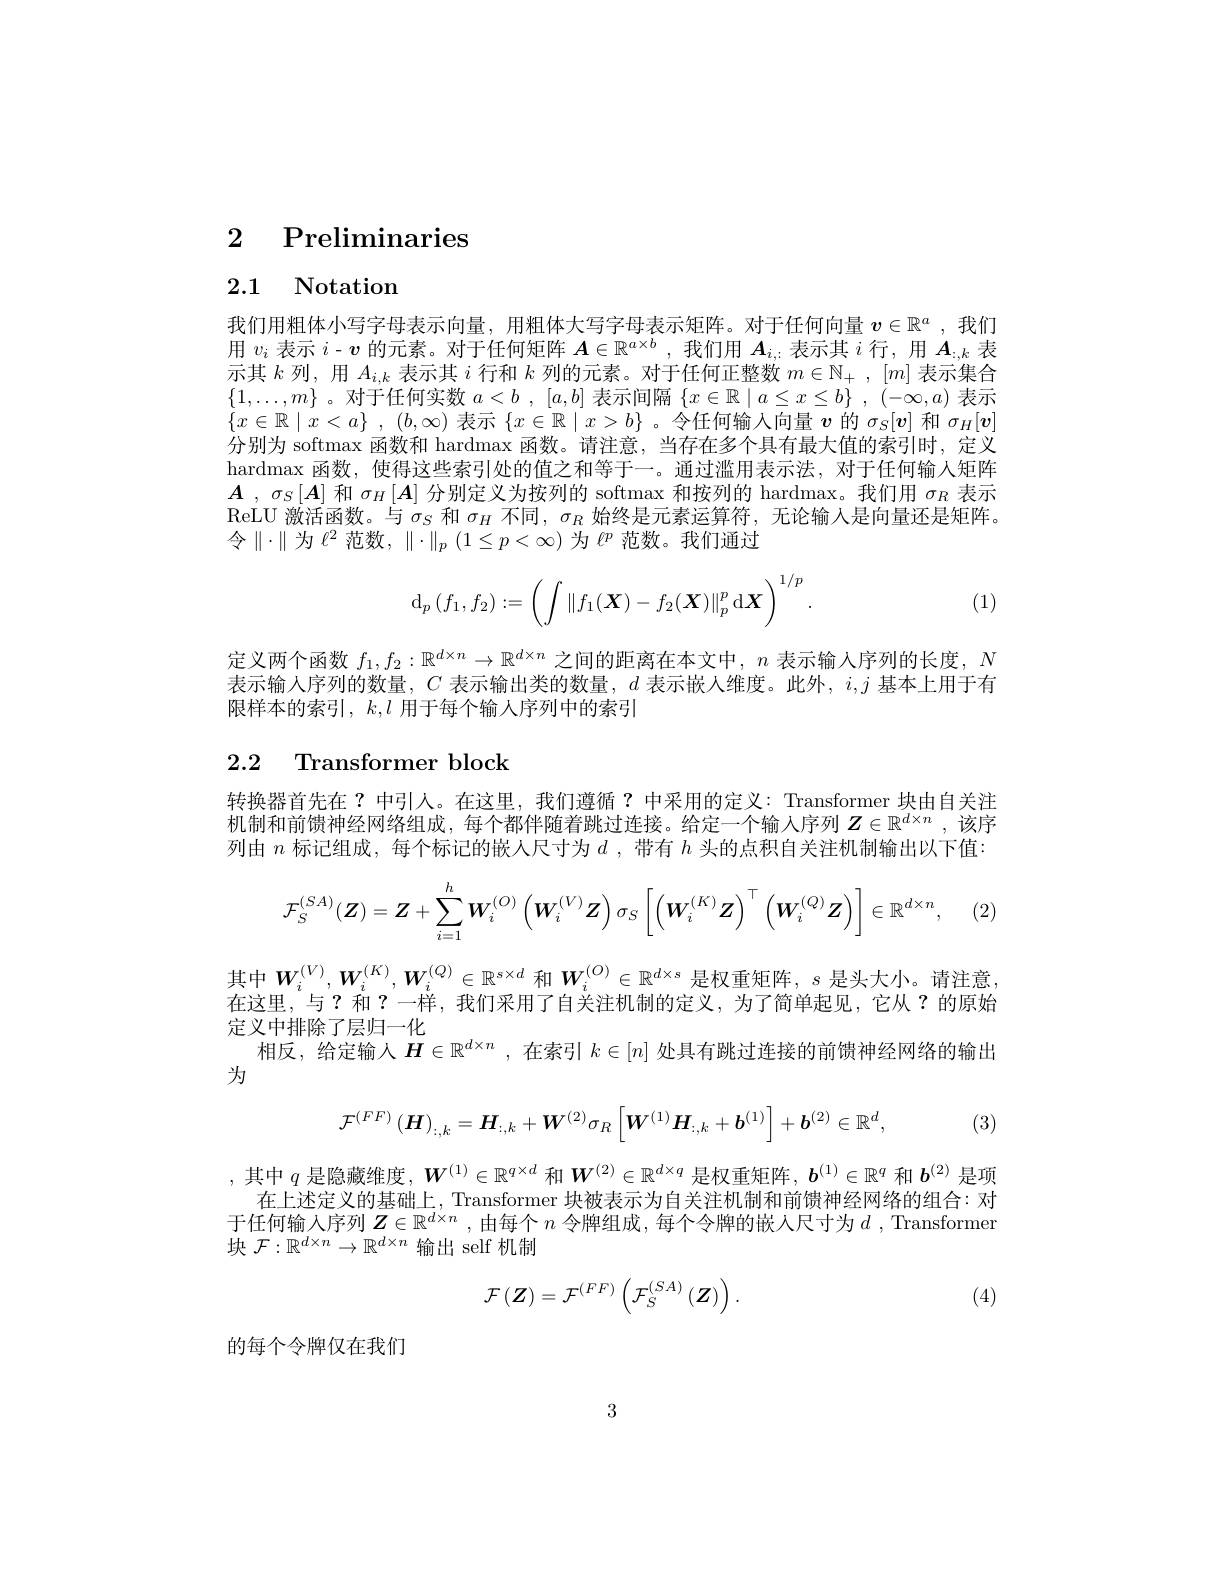
## 2 Preliminaries

# 2.1 Notation

我们用粗体小写字母表示向量，用粗体大写字母表示矩阵。对于任何向量$v\in \mathbb{R} ^a$ , 我 们 用$v_i$表示$i$ - $v$的元素。对于任何矩阵$A\in\mathbb{R}^a\times b$ ,我们用$A_i,\therefore$表示其$i$行，用$A_:,k$表示其$k$列，用$A_i,k$表示其$i$行和$k$列的元素。对于任何正整数$m\in\mathbb{N}_+,[m]$表示集合$\{1,\ldots,m\}$。对于任何实数$a<b,[a,b]$表示间隔$\{x\in\mathbb{R}\mid a\leq x\leq b\},(-\infty,a)$表示$\{ x\in \mathbb{R} \mid x< a\}$ , $( b, \infty )$表示$\{x\in\mathbb{R}\mid x>b\}$ 。令任何输入向量$v$的$\sigma_S[v]$和$\sigma_H[v]$ 分别为 softmax 函数和 hardmax 函数。请注意，当存在多个具有最大值的索引时，定义hardmax 函数，使得这些索引处的值之和等于一。通过滥用表示法，对于任何输人矩阵$A$ , $\sigma_S\left[\boldsymbol{A}\right]$和$\sigma_H\left[\boldsymbol{A}\right]$分别定义为按列的 softmax 和按列的 hardmax。我们用$\sigma_R$表示ReLU 激活函数。与$\sigma_S$和$\sigma_H$不同，$\sigma_R$始终是元素运算符，无论输入是向量还是矩阵。令$\parallel\cdot\parallel$为$\ell^2$范数$,\parallel\cdot\parallel_p(1\leq p<\infty)$为$\ell^p$范数。我们通过
$$\mathrm{d}_p\left(f_1,f_2\right):=\left(\int\left\|f_1(X)-f_2(\boldsymbol{X})\right\|_p^p\mathrm{d}\boldsymbol{X}\right)^{1/p}.$$
(1)

定义两个函数$f_1,f_2:\mathbb{R}^{d\times n}\to\mathbb{R}^{d\times n}$之间的距离在本文中，$n$表示输人序列的长度，$N$ 表示输人序列的数量，$C$表示输出类的数量，$d$表示嵌人维度。此外，$i,j$基本上用于有限样本的索引$,k,l$ 用于每个输人序列中的索引

# 2.2 Transformer block

转换器首先在？中引人。在这里，我们遵循？中采用的定义：Transformer 块由自关注机制和前馈神经网络组成，每个都伴随着跳过连接。给定一个输入序列$Z\in\mathbb{R}^{d\times n}$,该序列由$n$标记组成，每个标记的嵌人尺寸为$d$ ,带有$h$头的点积自关注机制输出以下值：
$$\mathcal{F}_S^{(SA)}(\boldsymbol{Z})=\boldsymbol{Z}+\sum_{i=1}^h\boldsymbol{W}_i^{(O)}\left(\boldsymbol{W}_i^{(V)}\boldsymbol{Z}\right)\sigma_S\left[\left(\boldsymbol{W}_i^{(K)}\boldsymbol{Z}\right)^\top\left(\boldsymbol{W}_i^{(Q)}\boldsymbol{Z}\right)\right]\in\mathbb{R}^{d\times n},$$
其 中 $W_i^{( V) }, W_i^{( K) }, W_i^{( Q) }\in \mathbb{R} ^{s\times d}$ 和 $W_i^{( O) }\in \mathbb{R} ^{d\times s}$ 是 权 重 矩 阵 , $s$ 是 头 大 小 。请 注 意 , 在 这 里 , 与 ? 和 ? 一 样 , 我 们 采 用 了 自 关 注 机 制 的 定 义 , 为 了 简 单 起 见 , 它 从 ? 的 原 始 广 业 出 时 吹 了 目 口
定义中排除了层归一化
相反，给定输人$H\in\mathbb{R}^{d\times n}$ ,在索引$k\in[n]$处具有跳过连接的前馈神经网络的输出

为

(3)
$$\mathcal{F}^{(FF)}\left(\boldsymbol{H}\right)_{:,k}=\boldsymbol{H}_{:,k}+\boldsymbol{W}^{(2)}\sigma_{R}\left[\boldsymbol{W}^{(1)}\boldsymbol{H}_{:,k}+\boldsymbol{b}^{(1)}\right]+\boldsymbol{b}^{(2)}\in\mathbb{R}^{d},$$
,其中$q$是隐藏维度$,\boldsymbol{W}^{(1)}\in\mathbb{R}^{q\times d}$和$\boldsymbol{W}^{(2)}\in\mathbb{R}^{d\times q}$是权重矩阵，$\boldsymbol{b}^{(1)}\in\mathbb{R}^q$和$b^{(2)}$是项
在上述定义的基础上，Transformer 块被表示为自关注机制和前馈神经网络的组合：对于任何输入序列$\boldsymbol{Z}\in\mathbb{R}^d\times n$ ,由每个$n$令牌组成，每个令牌的嵌人尺寸为$d$ ,Transformer 块$\mathcal{F}:\mathbb{R}^{d\times n}\to\mathbb{R}^{d\times n}$输出 self 机制
$$\mathcal{F}\left(\boldsymbol{Z}\right)=\mathcal{F}^{\left(FF\right)}\left(\mathcal{F}_{S}^{\left(SA\right)}\left(\boldsymbol{Z}\right)\right).$$
(4)

的每个令牌仅在我们

3